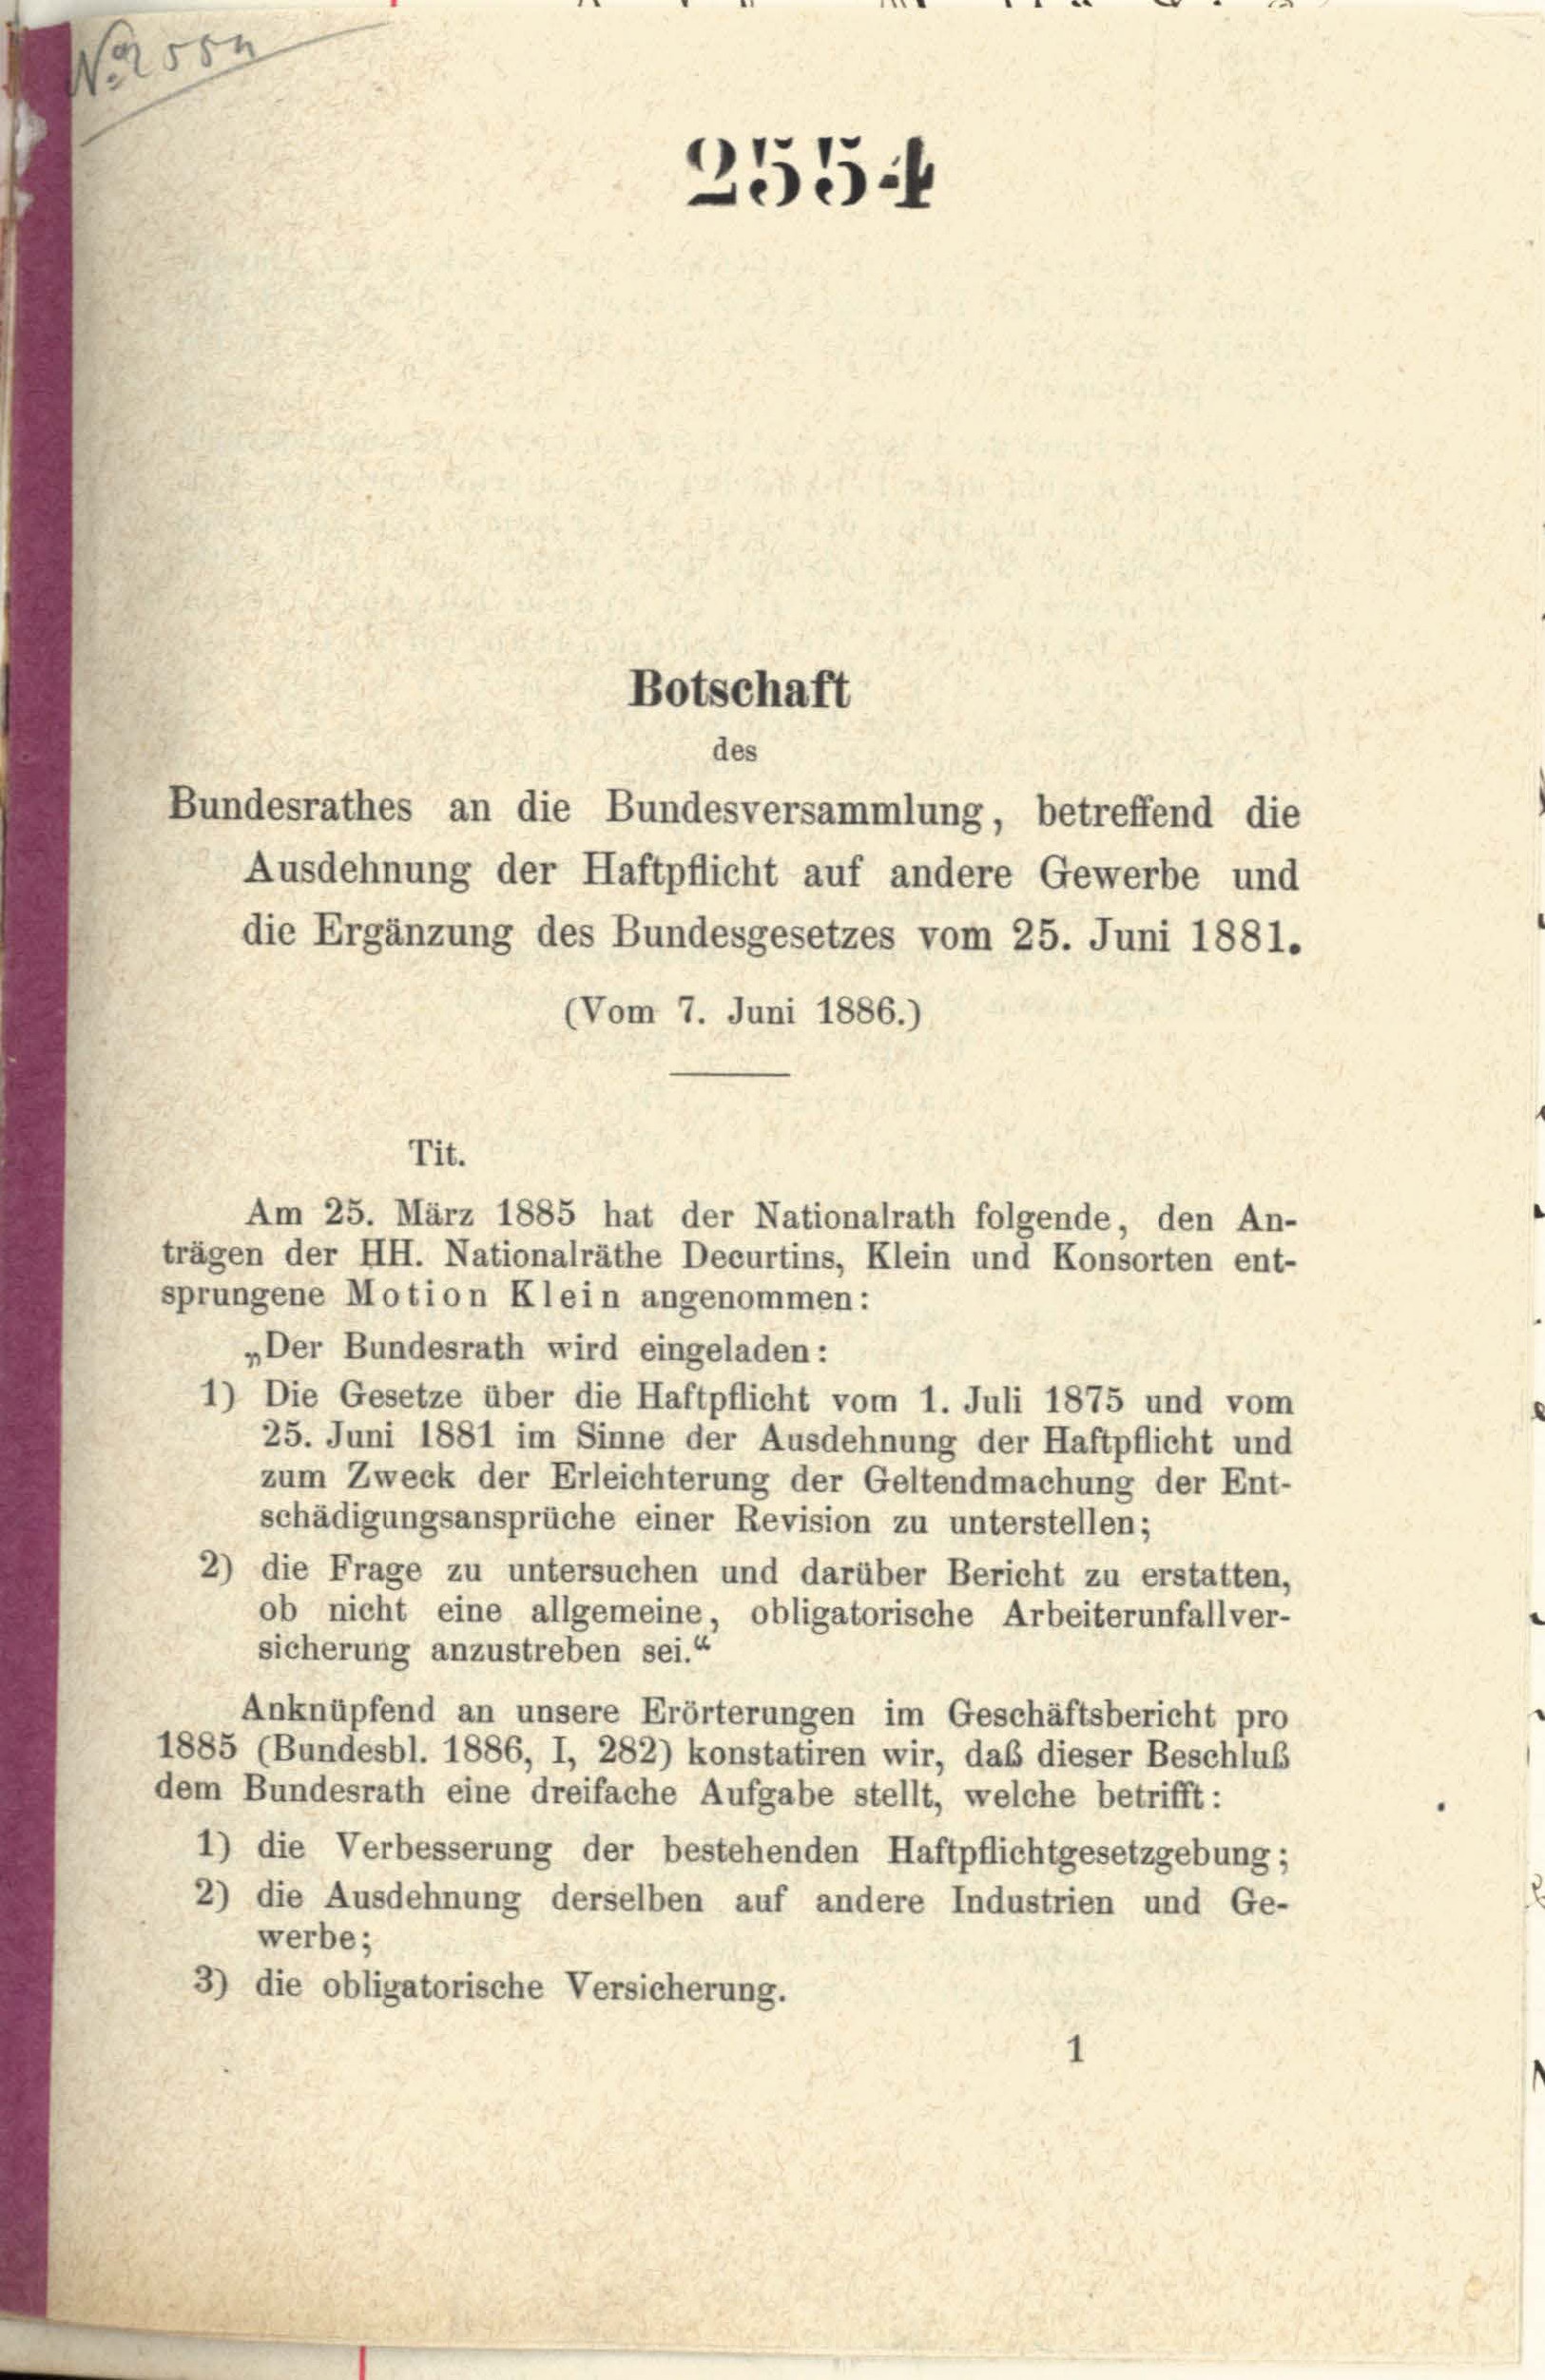
500

(Vom 7. Juni 1886.)
Am 25. März 1885 hat der Nationalrath folgende, den An-
trägen der HH. Nationalräthe Decurtins, Klein und Konsorten ent-
sprungene Motion Klein angenommen:
„Der Bundesrath wird eingeladen:
1) Die Gesetze über die Haftpflicht vom 1. Juli 1875 und vom
25. Juni 1881 im Sinne der Ausdehnung der Haftpflicht und
zum Zweck der Erleichterung der Geltendmachung der Ent-
schädigungsansprüche einer Revision zu unterstellen;
2) die Frage zu untersuchen und darüber Bericht zu erstatten,
ob nicht eine allgemeine, obligatorische Arbeiterunfallver-
sicherung anzustreben sei.“
Anknüpfend an unsere Erörterungen im Geschäftsbericht pro
1885 (Bundesbl. 1886, I, 282) konstatiren wir, das dieser Beschluß
dem Bundesrath eine dreifache Aufgabe stellt, welche betrifft :
1) die Verbesserung der bestehenden Haftpflichtgesetzgebung;
2) die Ausdehnung derselben auf andere Industrien und Ge-
werbe;
3) die obligatorische Versicherung.

Tit.

255.

Botschaft
des
Bundesrathes an die Bundesversammlung, betreffend die

Ausdehnung der Haftpflicht auf andere Gewerbe und
die Ergänzung des Bundesgesetzes vom 25. Juni 1881.